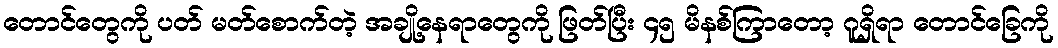
တောင်တွေကို ပတ် မတ်စောက်တဲ့ အချို့နေရာတွေကို ဖြတ်ပြီး ၄၅ မိနစ်ကြာတော့ ဂူရှိရာ တောင်ခြေကို